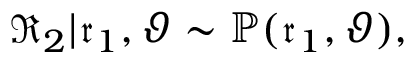
\mathfrak { R } _ { 2 } | \mathfrak { r } _ { 1 } , \vartheta \sim \mathbb { P } ( \mathfrak { r } _ { 1 } , \vartheta ) ,